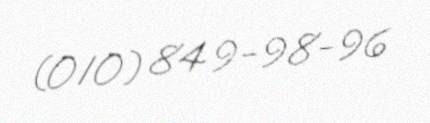
(010) 849-98-96